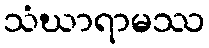
သံဃာရာမဿ